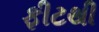
ફીટથી